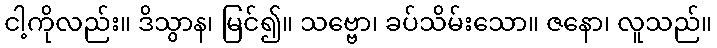
ငါ့ကိုလည်း။ ဒိသွာန၊ မြင်၍။ သဗ္ဗော၊ ခပ်သိမ်းသော။ ဇနော၊ လူသည်။